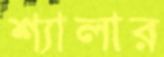
শ্যালার